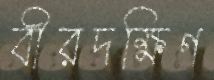
বীরদক্ষিণ